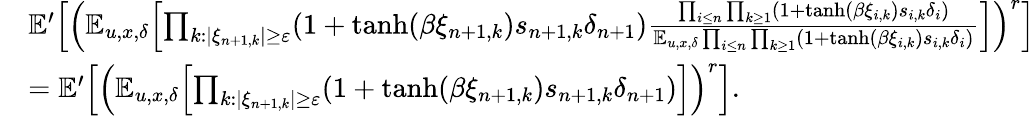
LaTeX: \begin{array}{rl}&{\mathbb E^{\prime}\Bigl[\Bigl(\mathbb E_{u,x,\delta}\Bigl[\prod_{k:|\xi_{n+1,k}|\geq\varepsilon}(1+\operatorname{tanh}(\beta\xi_{n+1,k})s_{n+1,k}\delta_{n+1})\frac{\prod_{i\le n}\prod_{k\ge 1}(1+\operatorname{tanh}(\beta\xi_{i,k})s_{i,k}\delta_{i})}{\mathbb E_{u,x,\delta}\prod_{i\le n}\prod_{k\ge 1}(1+\operatorname{tanh}(\beta\xi_{i,k})s_{i,k}\delta_{i})}\Bigr]\Bigr)^{r}\Bigr]}\\ &{=\mathbb E^{\prime}\Bigl[\Bigl(\mathbb E_{u,x,\delta}\Bigl[\prod_{k:|\xi_{n+1,k}|\geq\varepsilon}(1+\operatorname{tanh}(\beta\xi_{n+1,k})s_{n+1,k}\delta_{n+1})\Bigr]\Bigr)^{r}\Bigr].}\end{array}